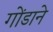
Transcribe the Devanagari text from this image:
गोंडाने